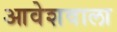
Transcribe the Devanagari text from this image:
आवेशवाला